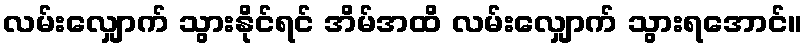
လမ်းလျှောက် သွားနိုင်ရင် အိမ်အထိ လမ်းလျှောက် သွားရအောင်။